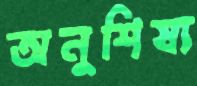
অনুশিষ্য